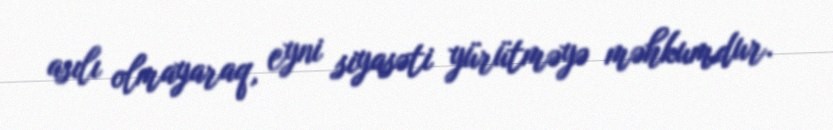
asılı olmayaraq, eyni siyasəti yürütməyə məhkumdur.